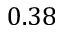
0 . 3 8